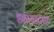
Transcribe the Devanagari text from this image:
डवायस्टरफ़